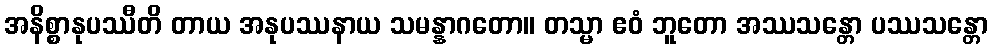
အနိစ္စာနုပဿီတိ တာယ အနုပဿနာယ သမန္နာဂတော။ တသ္မာ ဧဝံ ဘူတော အဿသန္တော ပဿသန္တော